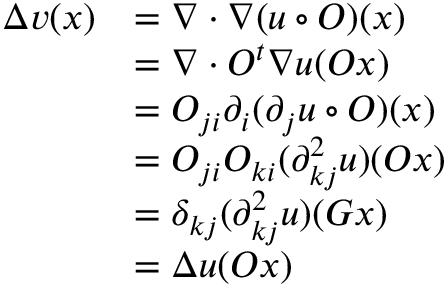
\begin{array} { r l } { \Delta v ( x ) } & { = \nabla \cdot \nabla ( u \circ O ) ( x ) } \\ & { = \nabla \cdot O ^ { t } \nabla u ( O x ) } \\ & { = O _ { j i } \partial _ { i } ( \partial _ { j } u \circ O ) ( x ) } \\ & { = O _ { j i } O _ { k i } ( \partial _ { k j } ^ { 2 } u ) ( O x ) } \\ & { = \delta _ { k j } ( \partial _ { k j } ^ { 2 } u ) ( G x ) } \\ & { = \Delta u ( O x ) } \end{array}